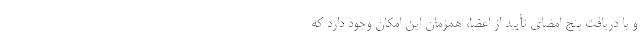
و با دریافت پنج امضای تأیید از اعضا، همزمان این امکان وجود دارد که